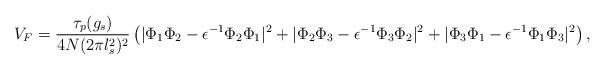
LaTeX: \begin{align*}V_F = \frac{\tau_p(g_s)}{4N(2\pi l_s^2)^2} \left( |\Phi_1\Phi_2 - \epsilon^{-1}\Phi_2 \Phi_1|^2 + |\Phi_2 \Phi_3 -\epsilon^{-1}\Phi_3 \Phi_2|^2 + |\Phi_3 \Phi_1 -\epsilon^{-1}\Phi_1 \Phi_3|^2 \right) , \end{align*}